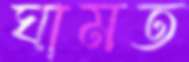
ঘামত